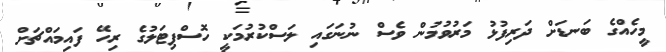
މީހެއްގެ ބަނޑަށް ދަރިފުޅު މަރުވުމުން ވެސް ނުނަގައި ލަސްކުރުމަކީ ހޮސްޕިޓަލުގެ ރިހޭ ފައިމައްޗަށް